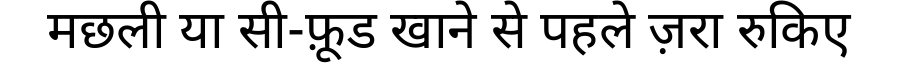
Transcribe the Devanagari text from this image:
मछली या सी-फ़ूड खाने से पहले ज़रा रुकिए